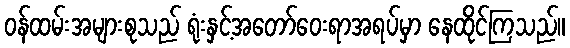
ဝန်ထမ်းအများစုသည် ရုံးနှင့်အတော်ဝေးရာအရပ်မှာ နေထိုင်ကြသည်။